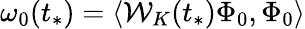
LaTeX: \omega_{0}(t_{*})=\langle\mathcal{W}_{K}(t_{*})\Phi_{0},\Phi_{0}\rangle